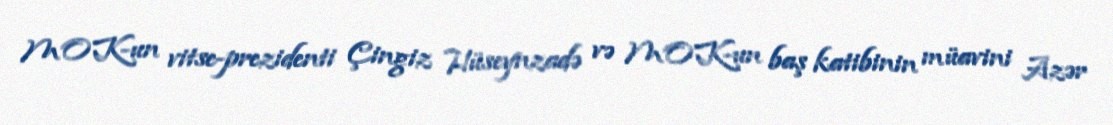
MOK-un vitse-prezidenti Çingiz Hüseynzadə və MOK-un baş katibinin müavini Azər